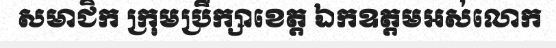
សមាជិក ក្រុមប្រឹក្សាខេត្ត ឯកឧត្តមអស់លោក